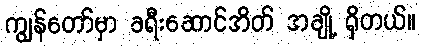
ကျွန်တော်မှာ ခရီးဆောင်အိတ် အချို့ ရှိတယ်။